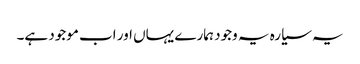
یہ سیارہ یہ وجود ہمارے یہاں اور اب موجود ہے۔